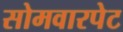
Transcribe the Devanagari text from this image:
सोमवारपेट